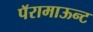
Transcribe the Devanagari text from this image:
पॅरामाऊन्ट